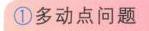
\textcircled{1}多动点问题